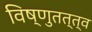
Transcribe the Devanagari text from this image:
विष्णुतत्त्व